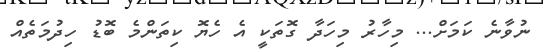
ނުވާނެ ކަމަށް... މިހާރު މިހަދާ ގޮތަކީ އެ ހެޔޮ ކިތަންމެ ބޮޑު ހިދުމަތެއް